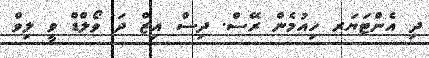
ދި އެންޓަޔަރ ހިއުމެން ރޭސް. ދިސް އިޒް ދަ ވޯލްޑް ވީ ލިވް